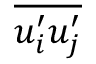
\overline { { u _ { i } ^ { \prime } u _ { j } ^ { \prime } } }